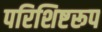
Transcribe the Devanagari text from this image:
परिशिष्टरूप